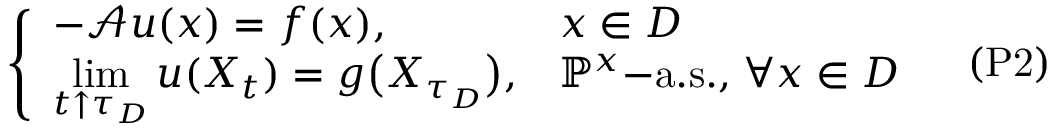
{ \left\{ \begin{array} { l l } { - { \mathcal { A } } u ( x ) = f ( x ) , } & { x \in D } \\ { \displaystyle { \operatorname* { l i m } _ { t \uparrow \tau _ { D } } u ( X _ { t } ) } = g { \big ( } X _ { \tau _ { D } } { \big ) } , } & { \mathbb { P } ^ { x } { \mathrm { - a . s . , } } \; \forall x \in D } \end{array} \right. } \quad { \mathrm { ( P 2 ) } }